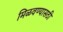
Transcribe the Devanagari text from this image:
मिळवण्यासठी